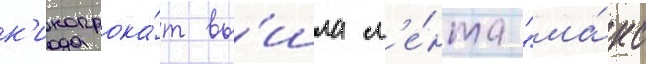
к'инопрока́т вы́шла л'е́нта "ма́кс